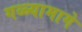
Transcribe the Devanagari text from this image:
गळ्यामागे